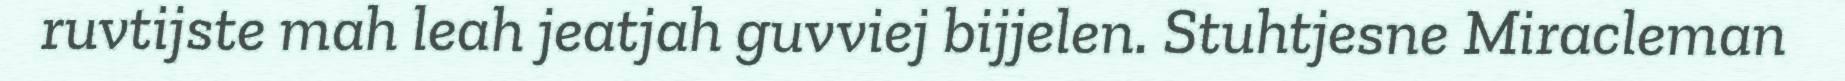
ruvtijste mah leah jeatjah guvviej bijjelen. Stuhtjesne Miracleman